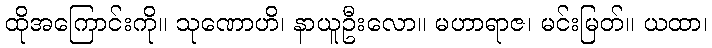
ထိုအကြောင်းကို။ သုဏောဟိ၊ နာယူဦးလော။ မဟာရာဇ၊ မင်းမြတ်။ ယထာ၊